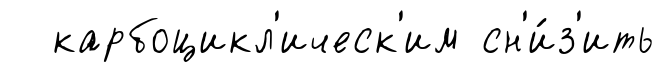
карбоцикл'ическ'им сн'и́з'ить